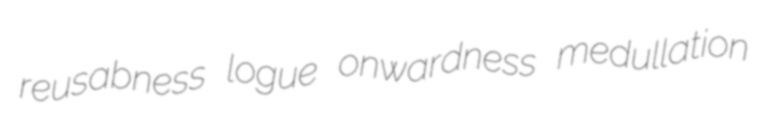
reusabness logue onwardness medullation